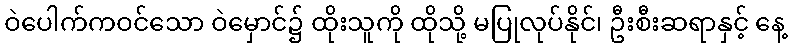
ဝဲပေါက်ကဝင်သော ဝဲမှောင်၌ ထိုးသူကို ထိုသို့ မပြုလုပ်နိုင်၊ ဦးစီးဆရာနှင့် နေ့